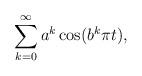
LaTeX: \begin{align*}\sum_{k=0}^\infty a^{k} \cos(b^k \pi t),\end{align*}